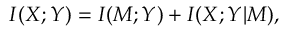
I ( X ; Y ) = I ( M ; Y ) + I ( X ; Y \vert M ) ,